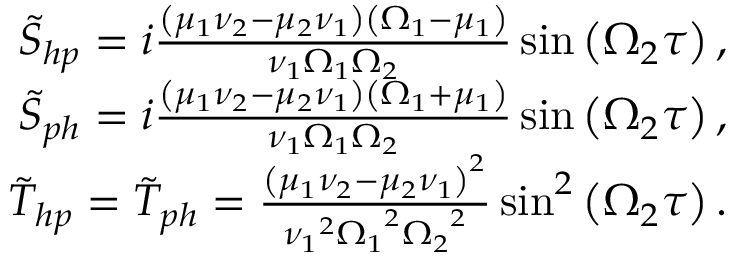
\begin{array} { r l r } & { } & { \tilde { S } _ { h p } = i \frac { \left( \mu _ { 1 } \nu _ { 2 } - \mu _ { 2 } \nu _ { 1 } \right) \left( \Omega _ { 1 } - \mu _ { 1 } \right) } { \nu _ { 1 } \Omega _ { 1 } \Omega _ { 2 } } \sin \left( \Omega _ { 2 } \tau \right) , } \\ & { } & { \tilde { S } _ { p h } = i \frac { \left( \mu _ { 1 } \nu _ { 2 } - \mu _ { 2 } \nu _ { 1 } \right) \left( \Omega _ { 1 } + \mu _ { 1 } \right) } { \nu _ { 1 } \Omega _ { 1 } \Omega _ { 2 } } \sin \left( \Omega _ { 2 } \tau \right) , } \\ & { } & { \tilde { T } _ { h p } = \tilde { T } _ { p h } = \frac { \left( \mu _ { 1 } \nu _ { 2 } - \mu _ { 2 } \nu _ { 1 } \right) ^ { 2 } } { { \nu _ { 1 } } ^ { 2 } { \Omega _ { 1 } } ^ { 2 } { \Omega _ { 2 } } ^ { 2 } } \sin ^ { 2 } \left( \Omega _ { 2 } \tau \right) . } \end{array}